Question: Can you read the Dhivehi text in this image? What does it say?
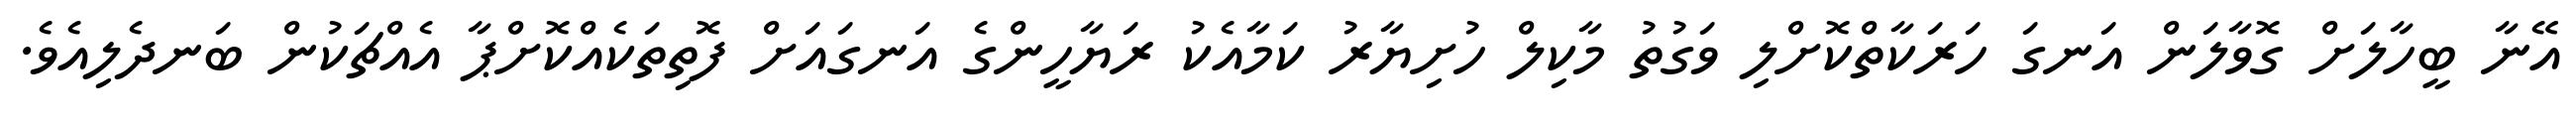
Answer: އޭނާ ބީހާލަށް ގޮވާލަން އަނގަ ހަރަކާތްކޮށްލި ވަގުތު މާކިލް ހުށިޔާރު ކަމާއެކު ރަޔާހީންގެ އަނގައަށް ފޮތިތަކެއްކޮށްޕާ އެއްޗަކުން ބަނދެލިއެވެ.